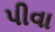
પીવા